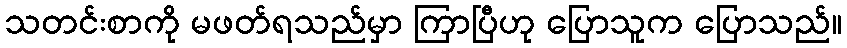
သတင်းစာကို မဖတ်ရသည်မှာ ကြာပြီဟု ပြောသူက ပြောသည်။